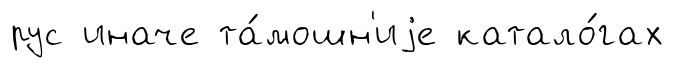
рус иначе та́мошн'иjе катало́гах